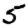
Digit: 5